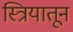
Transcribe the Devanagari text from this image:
स्त्रियातून